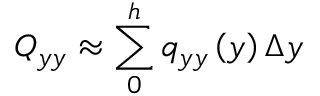
Q _ { y y } \approx \sum _ { 0 } ^ { h } q _ { y y } \left( y \right) \Delta y